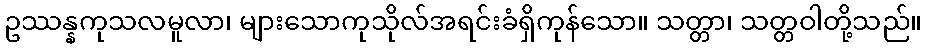
ဥဿန္နကုသလမူလာ၊ များသောကုသိုလ်အရင်းခံရှိကုန်သော။ သတ္တာ၊ သတ္တဝါတို့သည်။